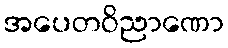
အပေတဝိညာဏော